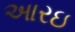
આરઇ